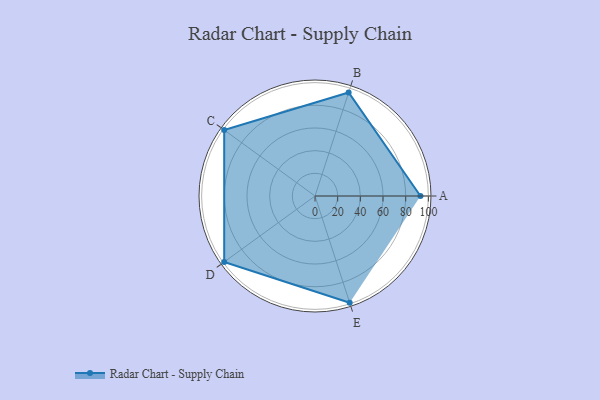
{"axis": {"x": "Skill", "y": "Score"}, "legend": ["Profile"], "data": [{"x": "A", "y": 93.0, "type": "Profile"}, {"x": "B", "y": 96.0, "type": "Profile"}, {"x": "C", "y": 99.0, "type": "Profile"}, {"x": "D", "y": 99, "type": "Profile"}, {"x": "E", "y": 99, "type": "Profile"}]}